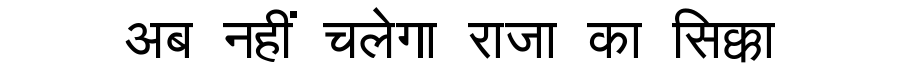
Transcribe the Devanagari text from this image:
अब नहीं चलेगा राजा का सिक्का